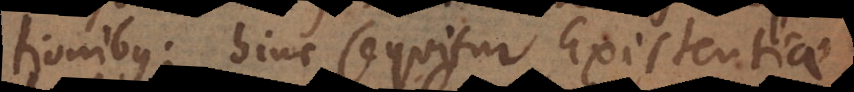
tionibus; hinc sequitur Existentiae